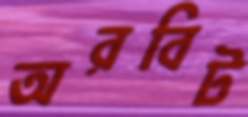
অরবিট